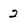
Character: 2